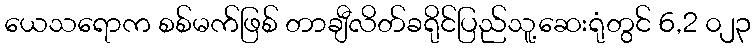
ယေသရောက စစ်မက်ဖြစ် တာချီလိတ်ခရိုင်ပြည်သူ့ဆေးရုံတွင် 6,2 ၀၂၃